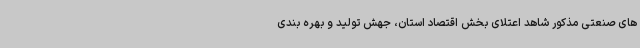
های صنعتی مذکور شاهد اعتلای بخش اقتصاد استان، جهش تولید و بهره بندی